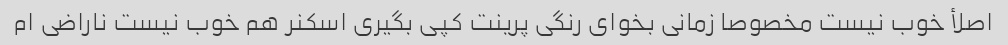
اصلأ خوب نیست مخصوصا زمانی بخوای رنگی پرینت کپی بگیری اسکنر هم خوب نیست ناراضی ام